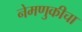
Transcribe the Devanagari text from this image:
नेमणुकीचा